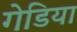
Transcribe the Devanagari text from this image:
गेडिया